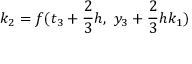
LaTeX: k _ { 2 } = f ( t _ { 3 } + { \frac { 2 } { 3 } } h , \ y _ { 3 } + { \frac { 2 } { 3 } } h k _ { 1 } )